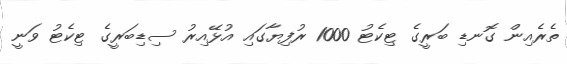
ތެރެއިން ގޮނޑި ބަރީގެ ޓިކެޓު 1000 ރުފިޔާގައި އުޅޭއިރު ސިޑިބަރީގެ ޓިކެޓު ވަނީ